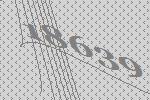
18639